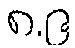
၈.၉